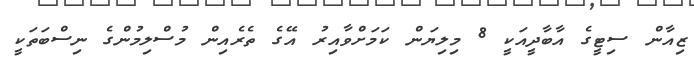
ޒިއާން ސިޓީގެ އާބާދީއަކީ 8 މިލިޔަން ކަމަށްވާއިރު އޭގެ ތެރެއިން މުސްލިމުންގެ ނިސްބަތަކީ